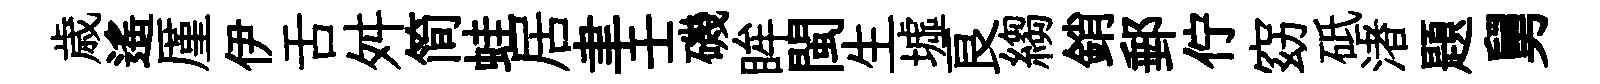
歳遥厪伊舌舛简蛙居聿壬磯眸閩生墟良縐銷郵佇窈砥渚題舅